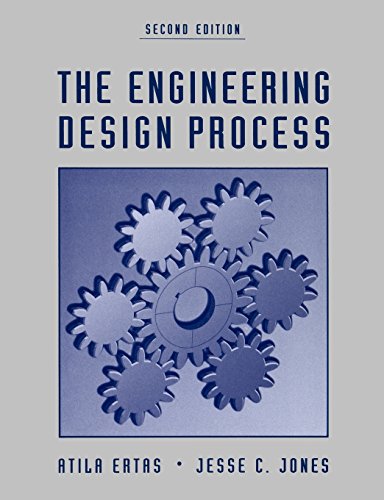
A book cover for The Engineering Design Process; Atila Ertas; Engineering & Transportation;